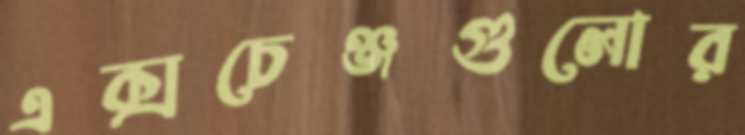
এক্সচেঞ্জগুলোর